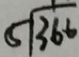
5 \sqrt { 3 6 6 }